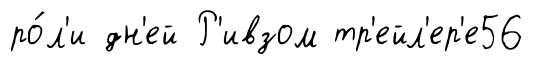
ро́л'и дн'ей Р'ивзом тр'ейл'ер'е56